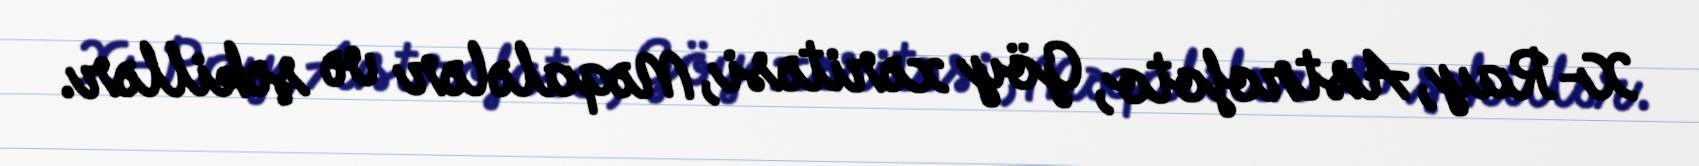
X-Ray, Astrofoto, Göy xəritəsi, Məqalələr və şəkillər.